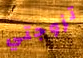
تزوجتي